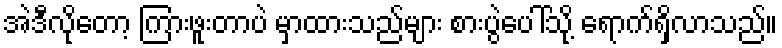
အဲဒီလိုတော့ ကြားဖူးတာပဲ မှာထားသည်များ စားပွဲပေါ်သို့ ရောက်ရှိလာသည်။